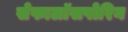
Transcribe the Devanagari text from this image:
सेफालॉसपोरिन